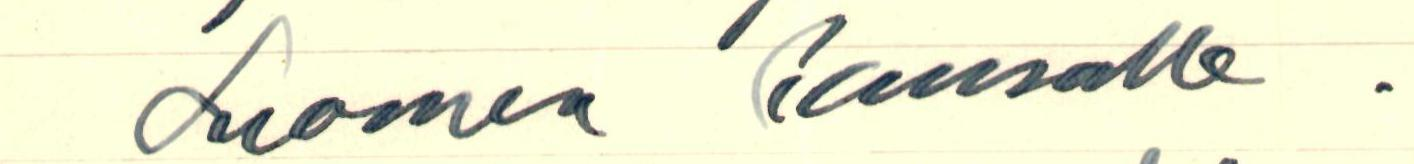
Suomen kansalle.